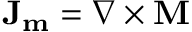
\mathbf { J _ { m } } = \nabla \times \mathbf { M }